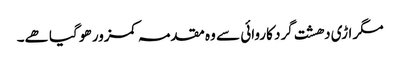
مگر اڑی دھشت گرد کاروائی سے وہ مقدمہ کمزور ھو گیا ھے۔